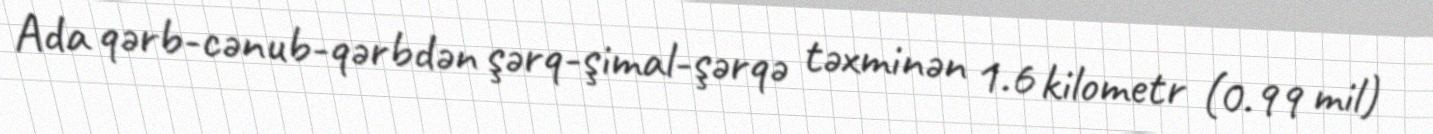
Ada qərb-cənub-qərbdən şərq-şimal-şərqə təxminən 1.6 kilometr (0.99 mil)